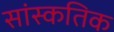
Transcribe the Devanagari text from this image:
सांस्कतिक